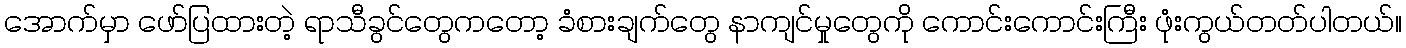
အောက်မှာ ဖော်ပြထားတဲ့ ရာသီခွင်တွေကတော့ ခံစားချက်တွေ နာကျင်မှုတွေကို ကောင်းကောင်းကြီး ဖုံးကွယ်တတ်ပါတယ်။